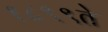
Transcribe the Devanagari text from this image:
१८९९ते